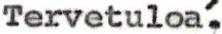
Tervetuloa,